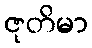
ဇုတိမာ